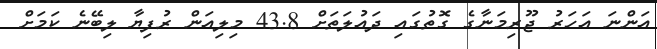
އަންނަ އަހަރު ޖޫރިމަނާގެ ގޮތުގައި ދައުލަތަށް 43.8 މިލިއަން ރުފިޔާ ލިބޭނެ ކަމަށް